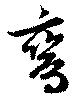
鸞